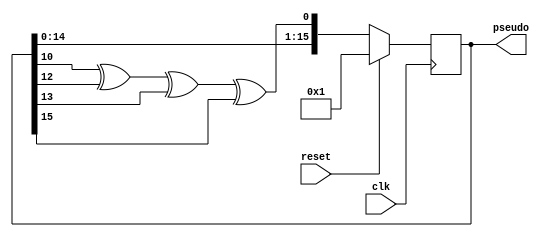
`timescale 1ns / 1ps
//////////////////////////////////////////////////////////////////////////////////
// Company: 
// Engineer: 
// 
// Design Name: 
// Module Name: LFSR
// Project Name: 
// Target Devices: 
// Tool Versions: 
// Description: 
// 
// Dependencies: 
// 
// Revision:
// Revision 0.01 - File Created
// Additional Comments:
// 
//////////////////////////////////////////////////////////////////////////////////


module LFSR(
    input clk,
    input reset,
    output reg [15:0] pseudo
    );
    
initial pseudo = 1;

assign lsb = pseudo[10] ^ pseudo[12] ^ pseudo[13] ^ pseudo[15];

always @(posedge clk)
    begin
    if(reset)
        pseudo <= 1;
    else
        pseudo <= {pseudo[14:0], lsb};
    end
    
endmodule